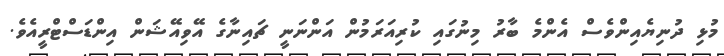
މުޅި ދުނިޔެއިންވެސް އެންމެ ބާރު މިނުގައި ކުރިއަރަމުން އަންނަނީ ޗައިނާގެ އޭވިއޭޝަން އިންޑަސްޓްރީއެވެ.